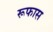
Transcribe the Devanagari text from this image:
रूफास